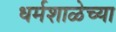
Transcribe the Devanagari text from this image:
धर्मशाळेच्या